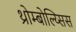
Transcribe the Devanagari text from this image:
थ्रोम्बोल्य्सिस